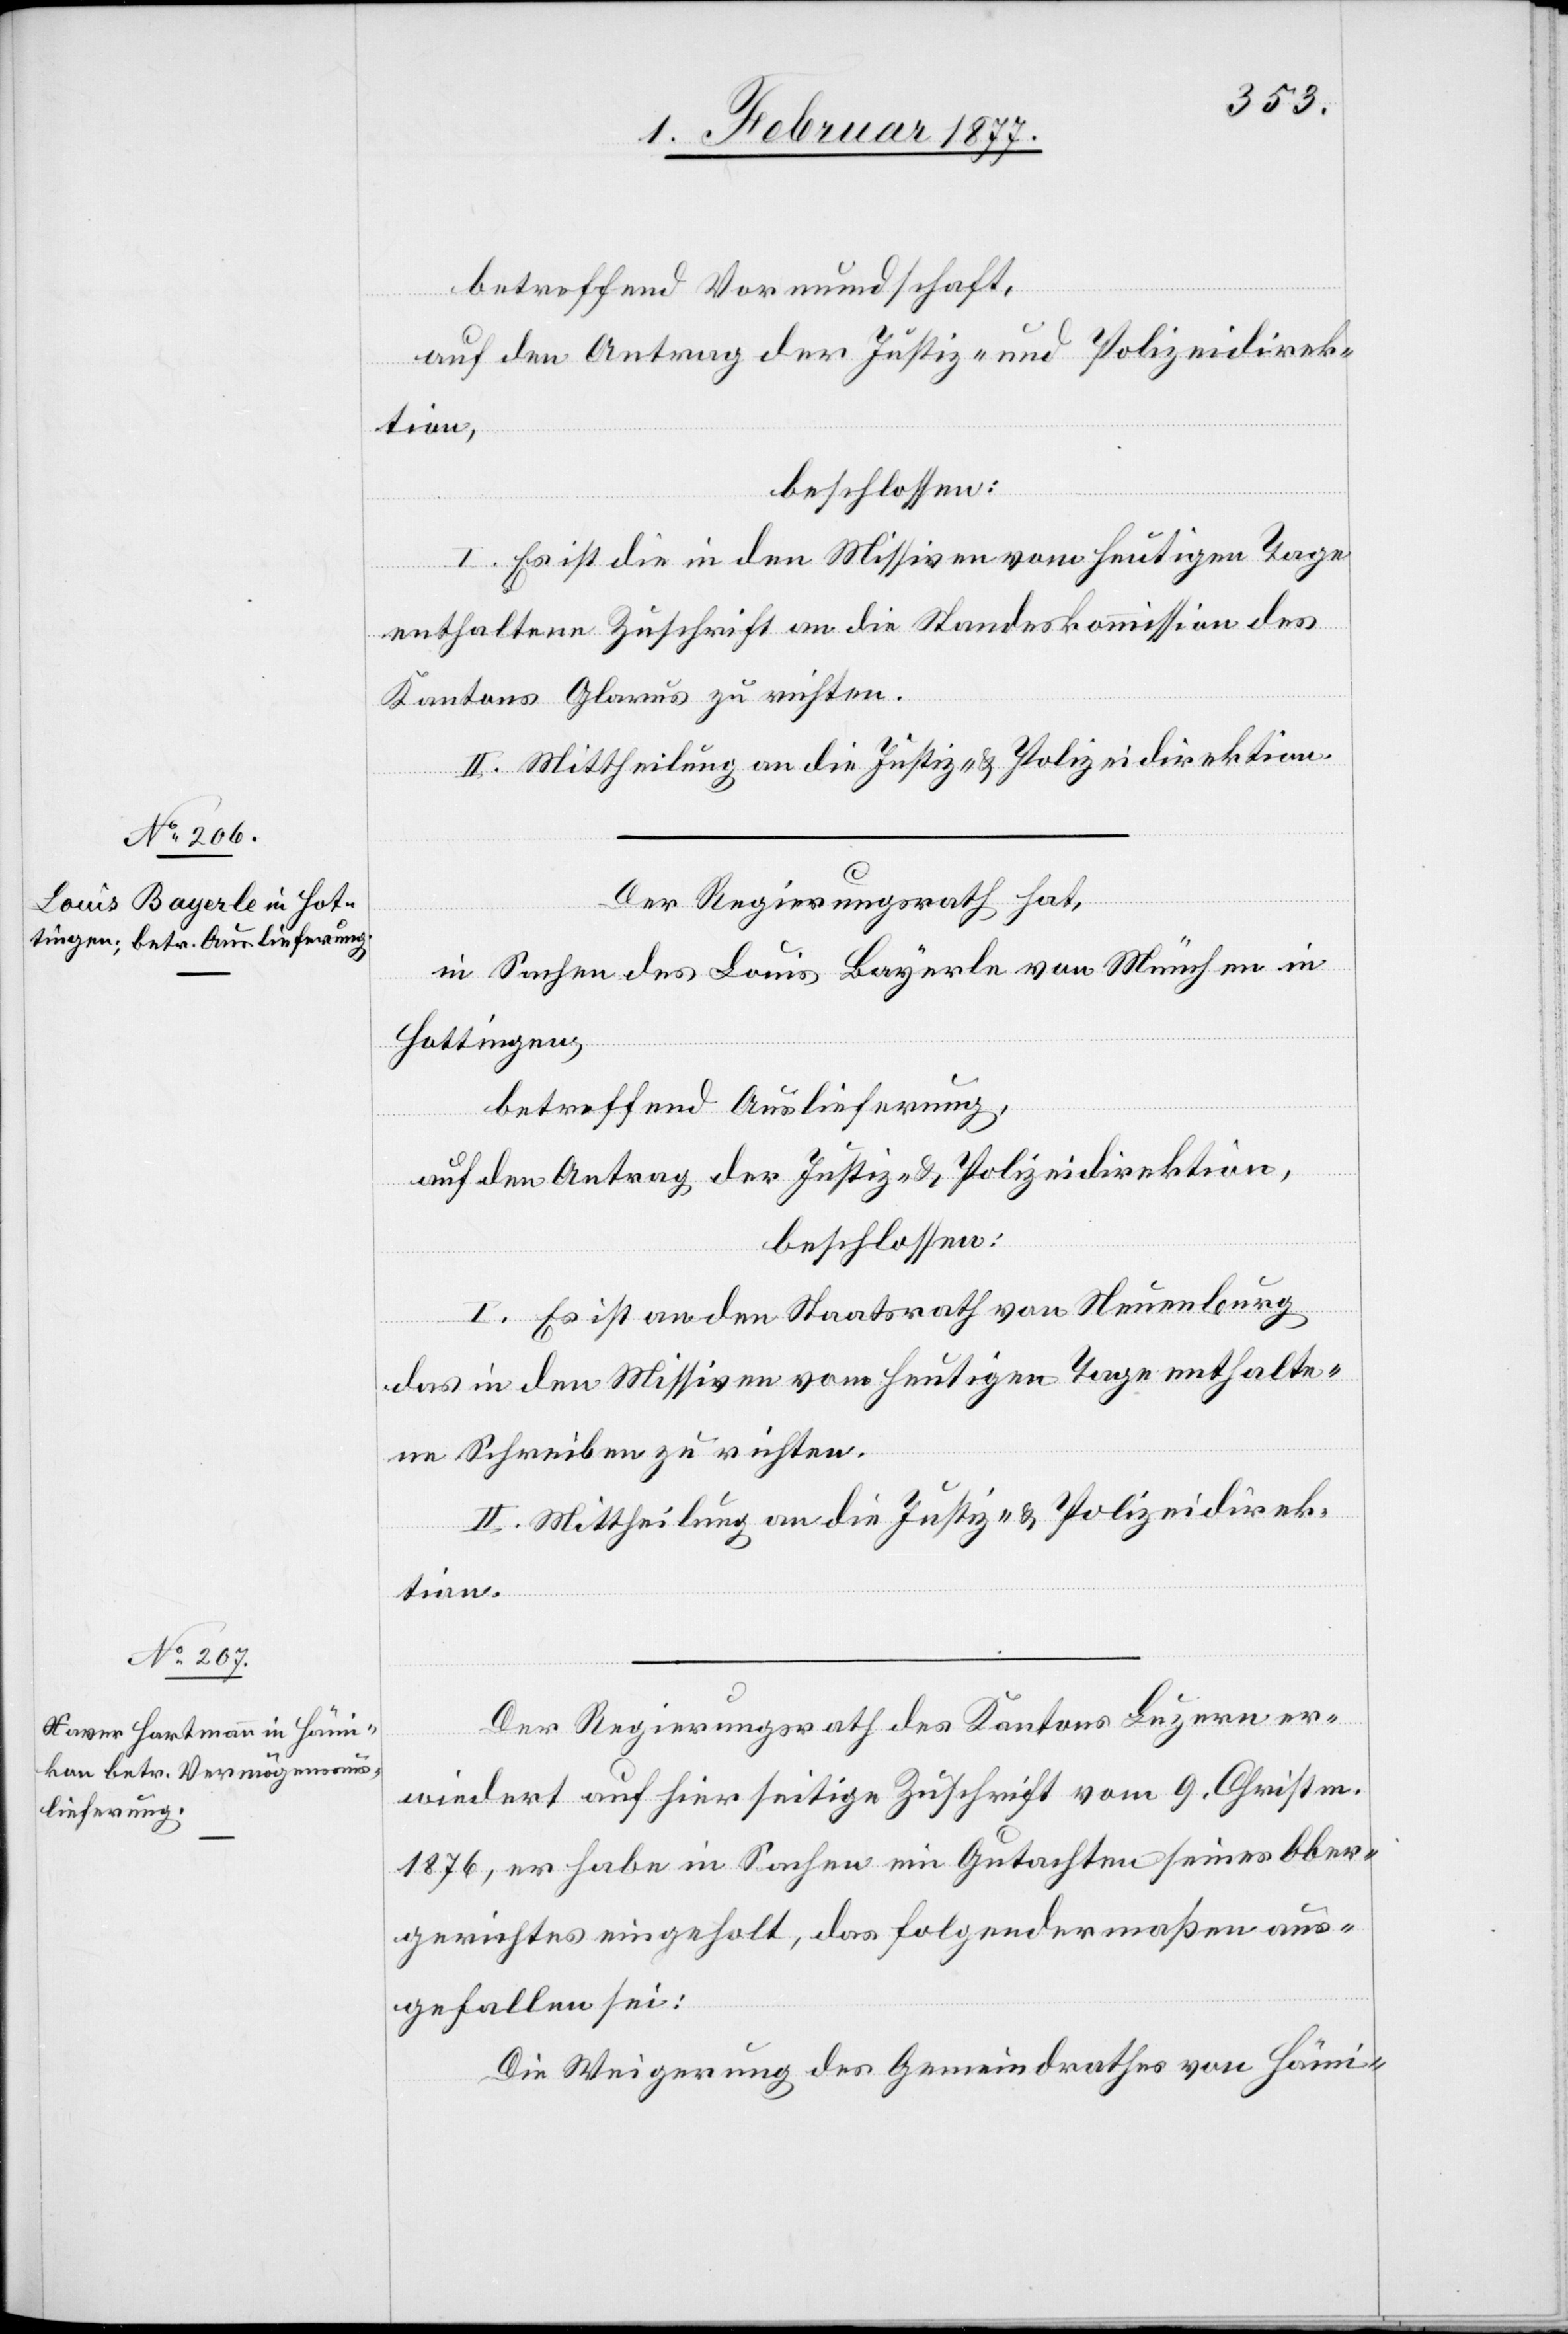
betreffend Vormundschaft,
auf den Antrag der Justiz- und Polizeidirek¬
tion,
beschlossen:
I. Es ist die in den Missiven vom heutigen Tage
enthaltene Zuschrift an die Standeskommission des
Kantons Glarus zu richten.
II. Mittheilung an die Justiz- & Polizeidirektion.
Der Regierungsrath hat,
in Sachen des Louis Bayerle von München in
Hottingen,
betreffend Auslieferung,
nat
auf den Antrag der Justiz- & Polizeidirektion,
beschlossen:
I. Es ist an den Staatsrath von Neuenburg
das in den Missiven vom heutigen Tage enthalte¬
ne Schreiben zu richten.
II. Mittheilung an die Justiz- & Polizeidirek¬
tion.
Der Regierungsrath des Kantons Luzern er¬
wiedert auf hierseitige Zuschrift vom 9. Christmo¬
1876, er habe in Sachen ein Gutachten seines Ober¬
gerichtes eingeholt, das folgendermaßen aus¬
gefallen sei:
Die Weigerung des Gemeindrathes von Hämi-